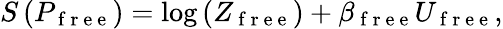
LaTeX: \begin{array}{r}{S\left(P_{\mathrm{~f~r~e~e~}}\right)=\log\left(Z_{\mathrm{~f~r~e~e~}}\right)+\beta_{\mathrm{~f~r~e~e~}}U_{\mathrm{~f~r~e~e~}},}\end{array}